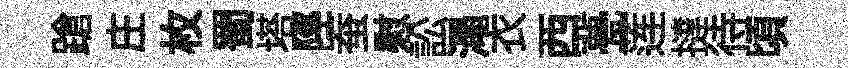
蹌庄枚蜀塔陘蚕慰訟澠衣西甍莲撻待頃